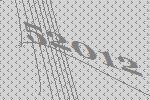
52012